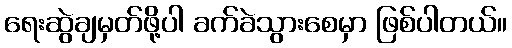
ရေးဆွဲချမှတ်ဖို့ပါ ခက်ခဲသွားစေမှာ ဖြစ်ပါတယ်။